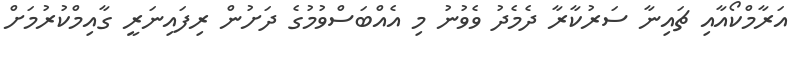
އަރާމްކޯއާއި ޗައިނާ ސަރުކާރާ ދެމެދު ވެވުނު މި އެއްބަސްވުމުގެ ދަށުން ރިފައިނަރީ ގާއިމްކުރުމަށް